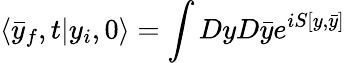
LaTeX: \langle\bar{y}_{f},t|y_{i},0\rangle=\int DyD\bar{y}e^{iS[y,\bar{y}]}